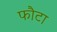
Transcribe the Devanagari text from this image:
फौटा